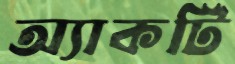
অ্যাকটি